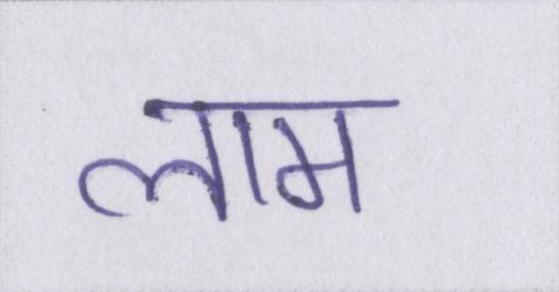
लाम